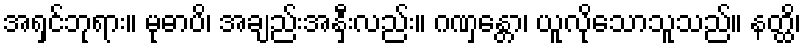
အရှင်ဘုရား။ မုဓာပိ၊ အချည်းအနှီးလည်း။ ဂဏှန္တော၊ ယူလိုသောသူသည်။ နတ္ထိ၊